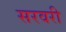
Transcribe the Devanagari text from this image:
सरवरी